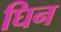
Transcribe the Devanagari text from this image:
घिन